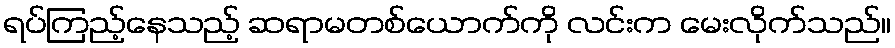
ရပ်ကြည့်နေသည့် ဆရာမတစ်ယောက်ကို လင်းက မေးလိုက်သည်။